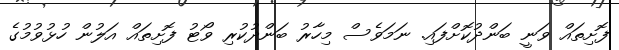
ފޮށިތައް ވަނީ ބަންދުކޮށްފައި. ނަމަވެސް މިހާރު ބަންދުކުރި ވޯޓު ފޮށިތައް އަލުން ހުޅުވުމުގެ